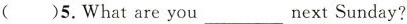
( )5.What are you___next Sunday?